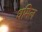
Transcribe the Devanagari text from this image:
धमिल